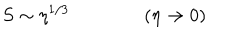
LaTeX: S \sim \eta ^ { 1 / 3 } \qquad \qquad ( \eta \rightarrow 0 )